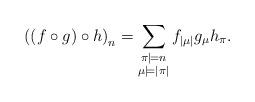
LaTeX: \begin{align*}\left(\left(f\circ g\right)\circ h\right)_{n} & =\sum_{\substack{\pi \models n \\ \mu\models \vert \pi \vert}}f_{\vert \mu \vert}g_{\mu}h_{\pi}.\end{align*}